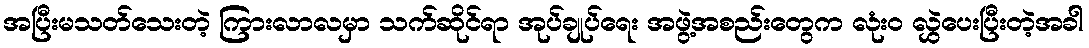
အပြီးမသတ်သေးတဲ့ ကြားလာလမှာ သက်ဆိုင်ရာ အုပ်ချုပ်ရေး အဖွဲ့အစည်းတွေက လုံး၀ လွှဲပေးပြီးတဲ့အခါ